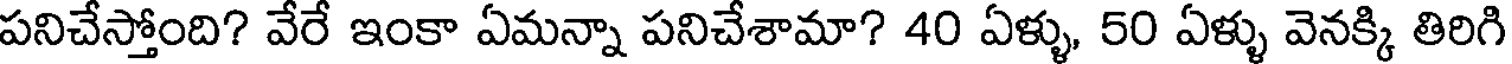
పనిచేస్తోంది? వేరే ఇంకా ఏమన్నా పనిచేశామా? 40 ఏళ్ళు, 50 ఏళ్ళు వెనక్కి తిరిగి